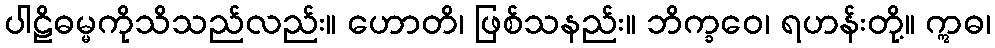
ပါဠိဓမ္မကိုသိသည်လည်း။ ဟောတိ၊ ဖြစ်သနည်း။ ဘိက္ခဝေ၊ ရဟန်းတို့။ ဣဓ၊